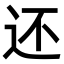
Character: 还